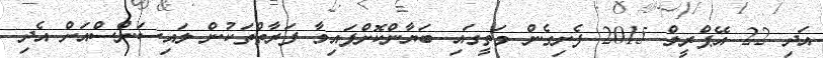
އަދި 22 އޭޕްރީލް 2015 ފެށިގެން މަތީގައި ބަޔާންކޮށްފައިވާ ފަރާތްތަކުން ލައިސަންސްއަށް އެދި